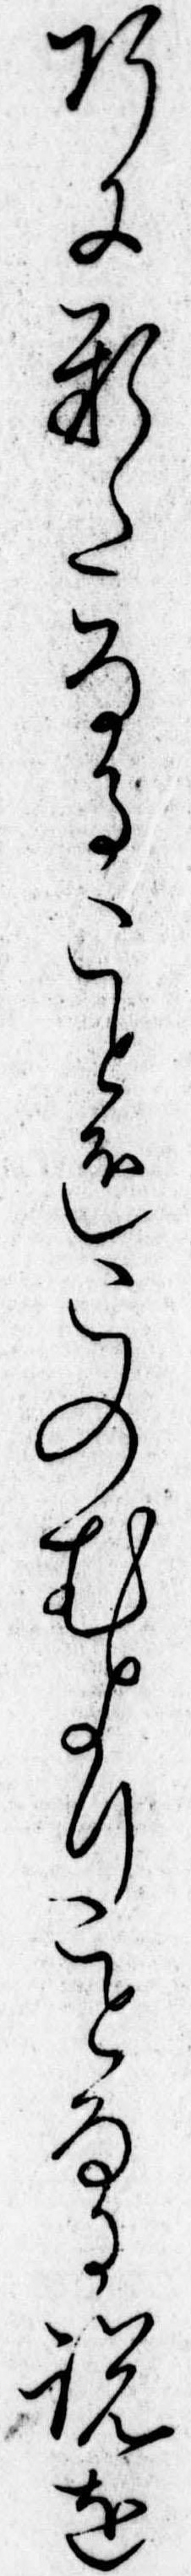
巧に新たなることをこのむよりことなる説を